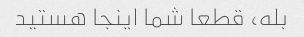
بله، قطعا شما اینجا هستید